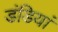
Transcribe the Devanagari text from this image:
डंडियां